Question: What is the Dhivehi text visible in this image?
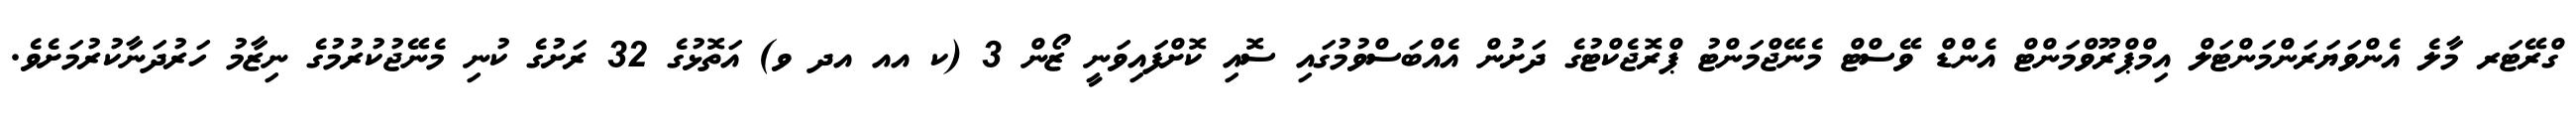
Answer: ގްރޭޓަރ މާލެ އެންވަޔަރަންމަންޓަލް އިމްޕްރޫވްމަންޓް އެންޑް ވޭސްޓް މެނޭޖްމަންޓު ޕްރޮޖެކްޓުގެ ދަށުން އެއްބަސްވުމުގައި ސޮއި ކޮށްފައިވަނީ ޒޯން 3 (ކ އއ އދ ވ) އަތޮޅުގެ 32 ރަށުގެ ކުނި މެނޭޖުކުރުމުގެ ނިޒާމު ހަރުދަނާކުރުމަށެވެ.